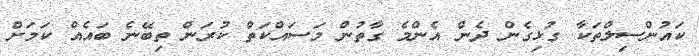
ކައުންސިލްތަކާ ގުޅިގެން ދެން އެންމެ ގާތުން މަސައްކަތް ކުރަން ތިބޭނެ ބައެއް ކަމަށް